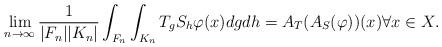
LaTeX: \begin{gather*}\lim_{n\to\infty}\frac{1}{|F_n||K_n|}\int_{F_n}\int_{K_n}T_gS_h\varphi(x)dgdh=A_T(A_S(\varphi))(x)\forall x\in X.\end{gather*}